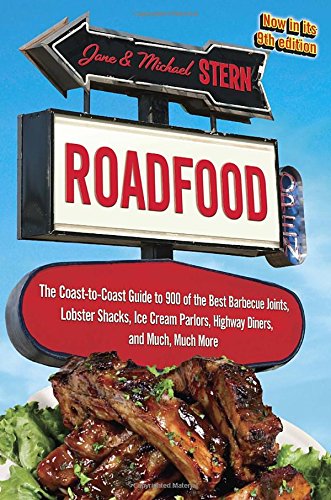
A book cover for Roadfood: The Coast-to-Coast Guide to 900 of the Best Barbecue Joints, Lobster Shacks, Ice Cream Parlors, Highway Diners, and Much, Much More, now in its 9th edition; Jane Stern; Cookbooks, Food & Wine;